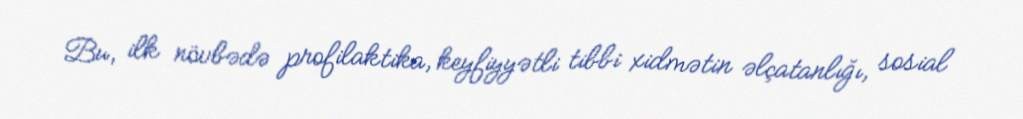
Bu, ilk növbədə profilaktika, keyfiyyətli tibbi xidmətin əlçatanlığı, sosial